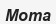
Мота